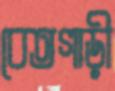
বেতগাড়ী